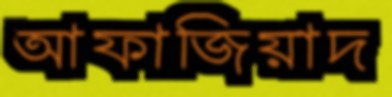
আফাজিয়াদ